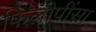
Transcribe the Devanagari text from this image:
फिलीपींसा